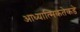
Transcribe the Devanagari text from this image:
आध्यात्मिकतेकडे